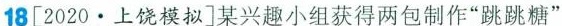
18[2020·上饶模拟]某兴趣小组获得两包制作”跳跳糖”